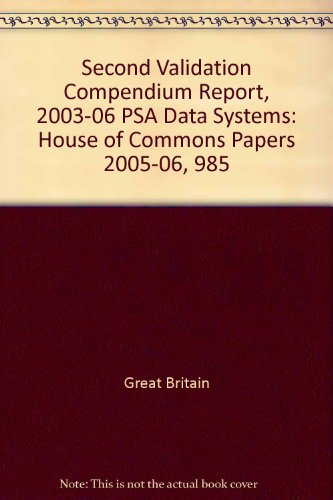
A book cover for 2003-06 Psa Data Systems: Hc 985, Session 2005-2006, Report by the Comptroller And Auditor General; Great Britain; Law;